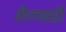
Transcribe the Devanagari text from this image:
शैलखड़ी